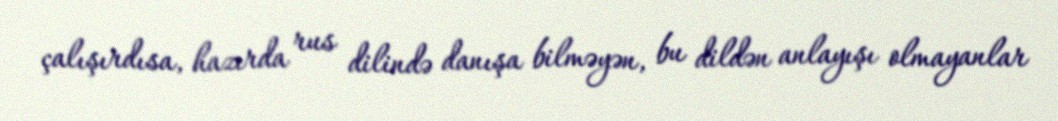
çalışırdısa, hazırda rus dilində danışa bilməyən, bu dildən anlayışı olmayanlar